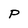
Character: P